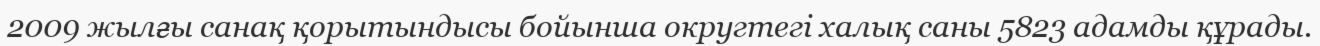
2009 жылғы санақ қорытындысы бойынша округтегі халық саны 5823 адамды құрады.